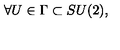
\forall U \in \Gamma \subset S U ( 2 ) ,